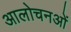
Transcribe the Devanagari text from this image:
आलोचनओं